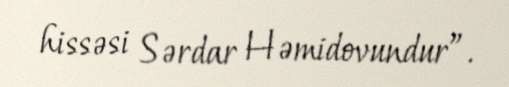
hissəsi Sərdar Həmidovundur”.